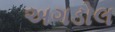
અગડોલ